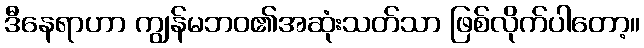
ဒီနေရာဟာ ကျွန်မဘဝ၏အဆုံးသတ်သာ ဖြစ်လိုက်ပါတော့။